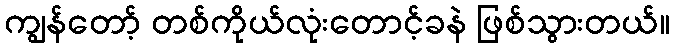
ကျွန်တော့် တစ်ကိုယ်လုံးတောင့်ခနဲ ဖြစ်သွားတယ်။